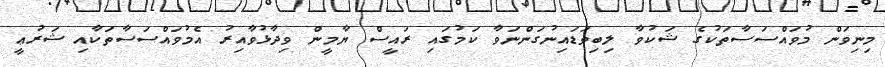
މިނިވަން މުވައްސަސާތަކުގެ ޝަކުވާ ލިބިވަޑައިނުގަންނަވާ ކަމުގައި ރައީސް ޔާމީން ވިދާޅުވާއިރު އެމުވައްސަސާތަކާއި ޝަރުޢީ